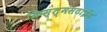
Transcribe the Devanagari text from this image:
क्रिस्त्मसटाईड